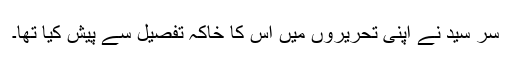
سر سید نے اپنی تحریروں میں اس کا خاکہ تفصیل سے پیش کیا تھا۔